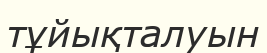
тұйықталуын